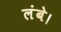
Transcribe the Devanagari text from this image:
लंबे।